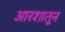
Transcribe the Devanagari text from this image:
आरशातून